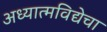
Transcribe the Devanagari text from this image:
अध्यात्मविद्येचा